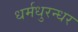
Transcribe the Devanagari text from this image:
धर्मधुरन्धर